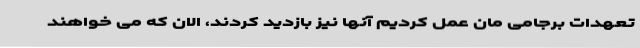
تعهدات برجامی مان عمل کردیم آنها نیز بازدید کردند، الان که می خواهند